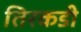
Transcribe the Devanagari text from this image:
तिरकडी